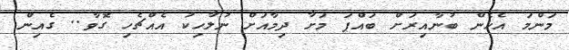
މަންމަ އެހެން ބުނާއިރަށް ބައްޕަ މަށާ ދިމާއަށް ނުލާހިކު އެއްޗެހި ގޮވާ.. ގެއިން